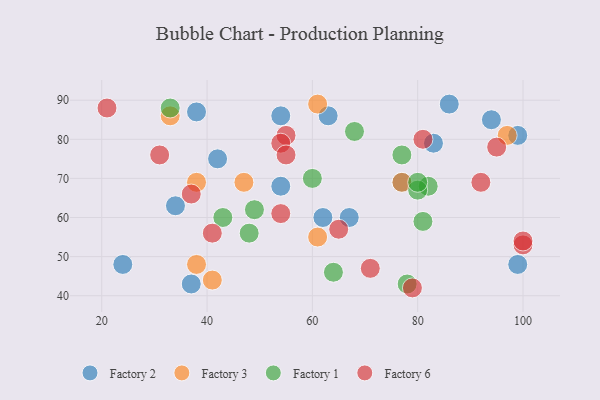
{"axis": {"x": "GDP", "y": "Life Expectancy"}, "legend": ["Factory 1", "Factory 2", "Factory 3", "Factory 6"], "data": [{"x": "34", "y": 63, "type": "Factory 2"}, {"x": "24", "y": 48, "type": "Factory 2"}, {"x": "94", "y": 85, "type": "Factory 2"}, {"x": "83", "y": 79, "type": "Factory 2"}, {"x": "37", "y": 43, "type": "Factory 2"}, {"x": "38", "y": 87, "type": "Factory 2"}, {"x": "67", "y": 60, "type": "Factory 2"}, {"x": "62", "y": 60, "type": "Factory 2"}, {"x": "86", "y": 89, "type": "Factory 2"}, {"x": "99", "y": 81, "type": "Factory 2"}, {"x": "54", "y": 86, "type": "Factory 2"}, {"x": "77", "y": 69, "type": "Factory 2"}, {"x": "42", "y": 75, "type": "Factory 2"}, {"x": "99", "y": 48, "type": "Factory 2"}, {"x": "63", "y": 86, "type": "Factory 2"}, {"x": "54", "y": 68, "type": "Factory 2"}, {"x": "41", "y": 44, "type": "Factory 3"}, {"x": "61", "y": 55, "type": "Factory 3"}, {"x": "97", "y": 81, "type": "Factory 3"}, {"x": "33", "y": 86, "type": "Factory 3"}, {"x": "38", "y": 69, "type": "Factory 3"}, {"x": "38", "y": 48, "type": "Factory 3"}, {"x": "47", "y": 69, "type": "Factory 3"}, {"x": "61", "y": 89, "type": "Factory 3"}, {"x": "77", "y": 69, "type": "Factory 3"}, {"x": "82", "y": 68, "type": "Factory 1"}, {"x": "64", "y": 46, "type": "Factory 1"}, {"x": "78", "y": 43, "type": "Factory 1"}, {"x": "43", "y": 60, "type": "Factory 1"}, {"x": "68", "y": 82, "type": "Factory 1"}, {"x": "81", "y": 59, "type": "Factory 1"}, {"x": "48", "y": 56, "type": "Factory 1"}, {"x": "80", "y": 67, "type": "Factory 1"}, {"x": "60", "y": 70, "type": "Factory 1"}, {"x": "33", "y": 88, "type": "Factory 1"}, {"x": "80", "y": 69, "type": "Factory 1"}, {"x": "77", "y": 76, "type": "Factory 1"}, {"x": "49", "y": 62, "type": "Factory 1"}, {"x": "100", "y": 53, "type": "Factory 6"}, {"x": "92", "y": 69, "type": "Factory 6"}, {"x": "95", "y": 78, "type": "Factory 6"}, {"x": "65", "y": 57, "type": "Factory 6"}, {"x": "100", "y": 54, "type": "Factory 6"}, {"x": "37", "y": 66, "type": "Factory 6"}, {"x": "55", "y": 81, "type": "Factory 6"}, {"x": "31", "y": 76, "type": "Factory 6"}, {"x": "79", "y": 42, "type": "Factory 6"}, {"x": "71", "y": 47, "type": "Factory 6"}, {"x": "81", "y": 80, "type": "Factory 6"}, {"x": "21", "y": 88, "type": "Factory 6"}, {"x": "54", "y": 61, "type": "Factory 6"}, {"x": "54", "y": 79, "type": "Factory 6"}, {"x": "55", "y": 76, "type": "Factory 6"}, {"x": "41", "y": 56, "type": "Factory 6"}]}